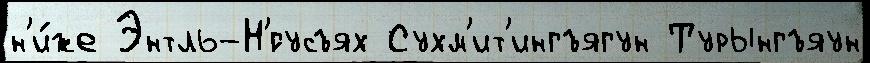
н'и́же Энтль-Н'́гусъях Сухм'ит'ингъягун Турынгъяун